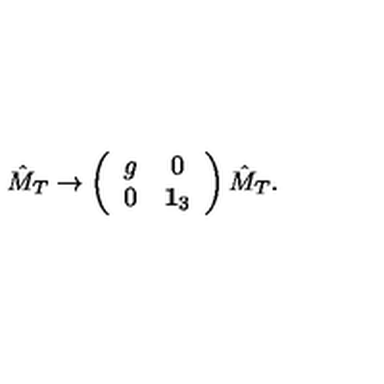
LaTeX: \hat { M } _ { T } \rightarrow \left( \begin{array} { c c } { g } & { 0 } \\ { 0 } & { { \bf 1 } _ { 3 } } \\ \end{array} \right) \hat { M } _ { T } .